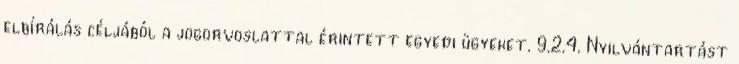
elbírálás céljából a jogorvoslattal érintett egyedi ügyeket. 9.2.4. Nyilvántartást